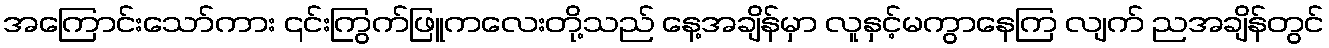
အကြောင်းသော်ကား ၎င်းကြွက်ဖြူကလေးတို့သည် နေ့အချိန်မှာ လူနှင့်မကွာနေကြ လျက် ညအချိန်တွင်